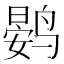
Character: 𮭨